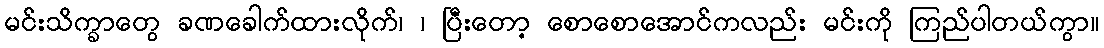
မင်းသိက္ခာတွေ ခဏခေါက်ထားလိုက်၊ ၊ ပြီးတော့ စောစောအောင်ကလည်း မင်းကို ကြည်ပါတယ်ကွာ။